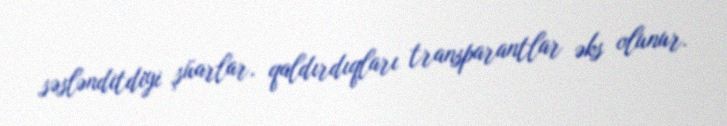
səslənditdiyi şüarlar, qaldırdıqları transparantlar əks olunur.